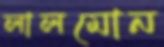
লালমোন